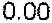
0.00